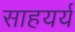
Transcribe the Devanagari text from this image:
साहयर्य